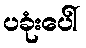
ပခုံးပေါ်